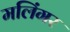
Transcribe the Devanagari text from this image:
मलिंगर